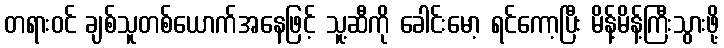
တရားဝင် ချစ်သူတစ်ယောက်အနေဖြင့် သူ့ဆီကို ခေါင်းမော့ ရင်ကော့ပြီး မိန့်မိန့်ကြီးသွားဖို့